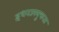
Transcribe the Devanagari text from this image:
इंधनउपयुक्तता